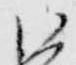
御